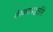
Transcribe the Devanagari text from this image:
वेगळ्यापद्धतीने